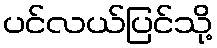
ပင်လယ်ပြင်သို့